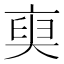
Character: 𠅲